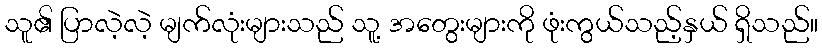
သူ၏ ပြာလဲ့လဲ့ မျက်လုံးများသည် သူ့ အတွေးများကို ဖုံးကွယ်သည့်နှယ် ရှိသည်။